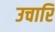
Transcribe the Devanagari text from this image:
उचारि